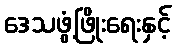
ဒေသဖွံ့ဖြိုးရေးနှင့်